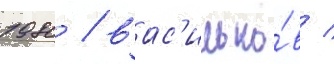
1980 / вас'илько́в /